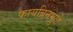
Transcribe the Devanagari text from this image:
फायब्रिनमुळे